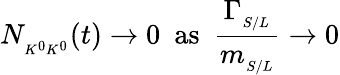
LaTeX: N_{{}_{K^{0}K^{0}}}(t)\to 0\, \, \, \mathrm{as}\, \, \, {\frac{\Gamma_{{}_{S/L}}}{m_{{}_{S/L}}}}\to 0